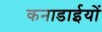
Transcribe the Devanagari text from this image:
कनाडाईयों